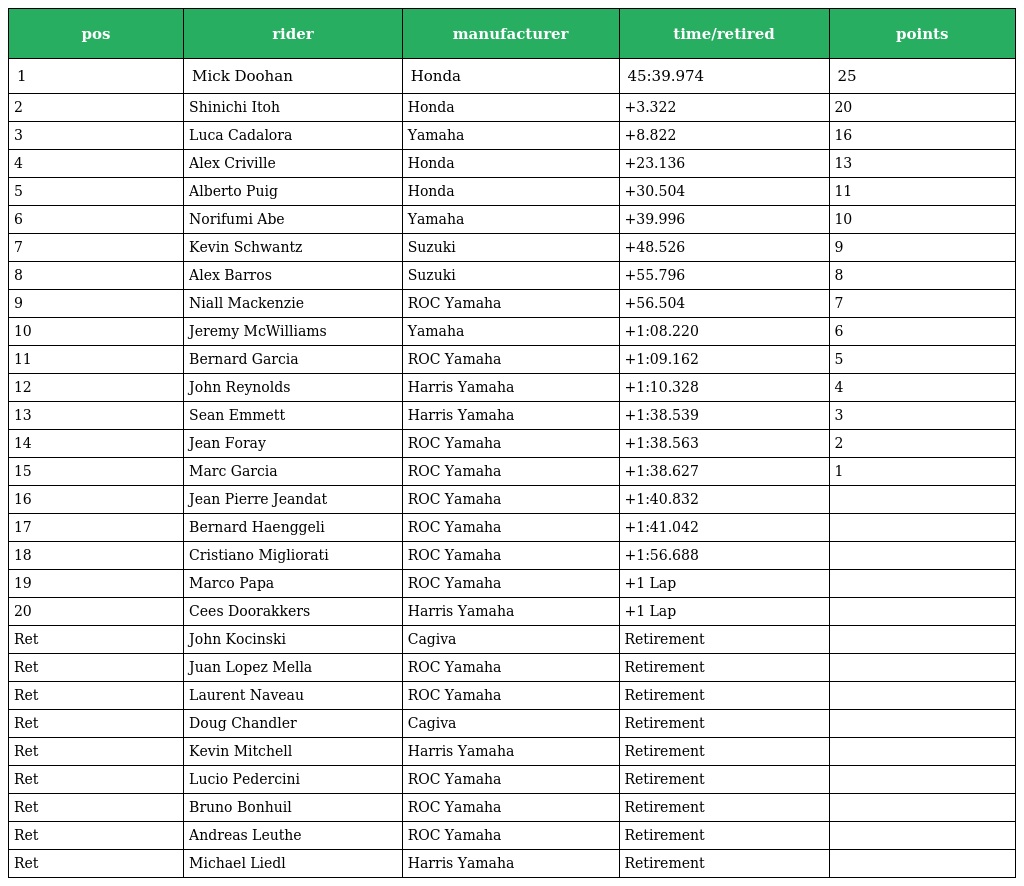
| pos | rider | manufacturer | time/retired | points |
 | --- | --- | --- | --- | --- |
 | 1 | Mick Doohan | Honda | 45:39.974 | 25 |
 | 2 | Shinichi Itoh | Honda | +3.322 | 20 |
 | 3 | Luca Cadalora | Yamaha | +8.822 | 16 |
 | 4 | Alex Criville | Honda | +23.136 | 13 |
 | 5 | Alberto Puig | Honda | +30.504 | 11 |
 | 6 | Norifumi Abe | Yamaha | +39.996 | 10 |
 | 7 | Kevin Schwantz | Suzuki | +48.526 | 9 |
 | 8 | Alex Barros | Suzuki | +55.796 | 8 |
 | 9 | Niall Mackenzie | ROC Yamaha | +56.504 | 7 |
 | 10 | Jeremy McWilliams | Yamaha | +1:08.220 | 6 |
 | 11 | Bernard Garcia | ROC Yamaha | +1:09.162 | 5 |
 | 12 | John Reynolds | Harris Yamaha | +1:10.328 | 4 |
 | 13 | Sean Emmett | Harris Yamaha | +1:38.539 | 3 |
 | 14 | Jean Foray | ROC Yamaha | +1:38.563 | 2 |
 | 15 | Marc Garcia | ROC Yamaha | +1:38.627 | 1 |
 | 16 | Jean Pierre Jeandat | ROC Yamaha | +1:40.832 |  |
 | 17 | Bernard Haenggeli | ROC Yamaha | +1:41.042 |  |
 | 18 | Cristiano Migliorati | ROC Yamaha | +1:56.688 |  |
 | 19 | Marco Papa | ROC Yamaha | +1 Lap |  |
 | 20 | Cees Doorakkers | Harris Yamaha | +1 Lap |  |
 | Ret | John Kocinski | Cagiva | Retirement |  |
 | Ret | Juan Lopez Mella | ROC Yamaha | Retirement |  |
 | Ret | Laurent Naveau | ROC Yamaha | Retirement |  |
 | Ret | Doug Chandler | Cagiva | Retirement |  |
 | Ret | Kevin Mitchell | Harris Yamaha | Retirement |  |
 | Ret | Lucio Pedercini | ROC Yamaha | Retirement |  |
 | Ret | Bruno Bonhuil | ROC Yamaha | Retirement |  |
 | Ret | Andreas Leuthe | ROC Yamaha | Retirement |  |
 | Ret | Michael Liedl | Harris Yamaha | Retirement |  |